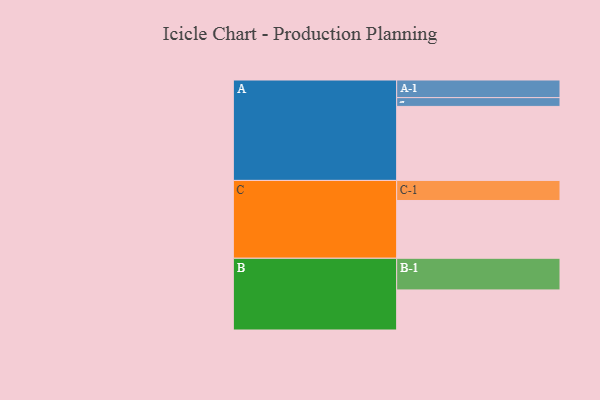
{"axis": {"x": "Segment", "y": "Value"}, "legend": ["", "A", "B", "C"], "data": [{"x": "A", "y": 580, "type": ""}, {"x": "B", "y": 314, "type": ""}, {"x": "C", "y": 453, "type": ""}, {"x": "A-1", "y": 138, "type": "A"}, {"x": "A-2", "y": 69, "type": "A"}, {"x": "B-1", "y": 248, "type": "B"}, {"x": "C-1", "y": 157, "type": "C"}]}